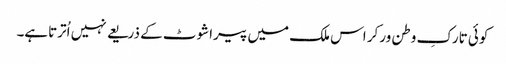
کوئی تارکِ وطن ورکر اس ملک میں پیراشوٹ کے ذریعے نہیں اُترتاہے۔